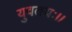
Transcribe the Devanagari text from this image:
युवतयः।।